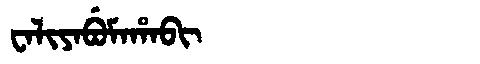
Manchu: ᠸᠠᠯᡳᠶᠠᠪᡠᠮᠠᡥᠠᠪᡳ
Romanization: WALIYABUMAHABI